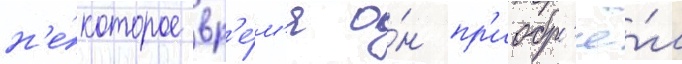
н'е́которое вр'е́м'я о́н пр'иобр'ё́л